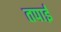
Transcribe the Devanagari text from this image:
तपाई